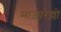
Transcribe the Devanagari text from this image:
माज़ारेल्लो